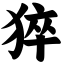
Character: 猝